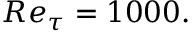
R e _ { \tau } = 1 0 0 0 .